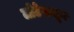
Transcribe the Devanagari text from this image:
लोटेपासून